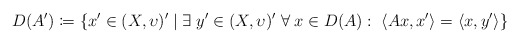
\begin{align*}D(A')\coloneqq\{x'\in(X,\upsilon)'\;|\;\exists\;y'\in(X,\upsilon)'\;\forall\;x\in D(A):\;\langle Ax,x' \rangle=\langle x, y' \rangle\}\end{align*}